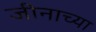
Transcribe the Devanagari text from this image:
जीनाच्या